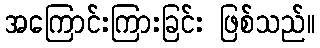
အကြောင်းကြားခြင်း ဖြစ်သည်။